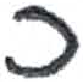
אות: כ